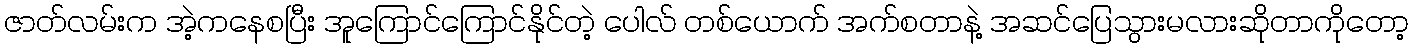
ဇာတ်လမ်းက အဲ့ကနေစပြီး အူကြောင်ကြောင်နိုင်တဲ့ ပေါလ် တစ်ယောက် အက်စတာနဲ့ အဆင်ပြေသွားမလားဆိုတာကိုတော့